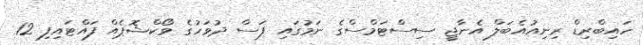
ހައިބްރިޑް ރިނިއުއެބަލް އެނާޖީ ސިސްޓަމްސްގެ ނަމުގައި ފަސް ދުވަހުގެ ވޯކްޝޮޕެއް ފައްޓައިފި 12